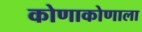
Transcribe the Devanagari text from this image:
कोणाकोणाला